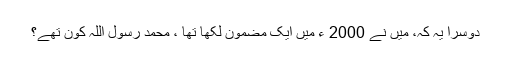
دوسرا یہ کہ، میں نے 2000 ء میں ایک مضمون لکھا تھا ، محمد رسول اللہ کون تھے؟